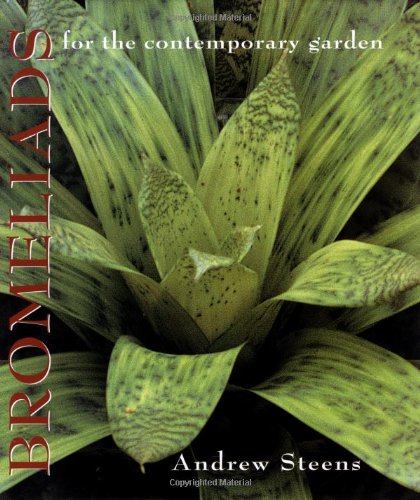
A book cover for Bromeliads for the Contemporary Garden; Andrew Steens; Crafts, Hobbies & Home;